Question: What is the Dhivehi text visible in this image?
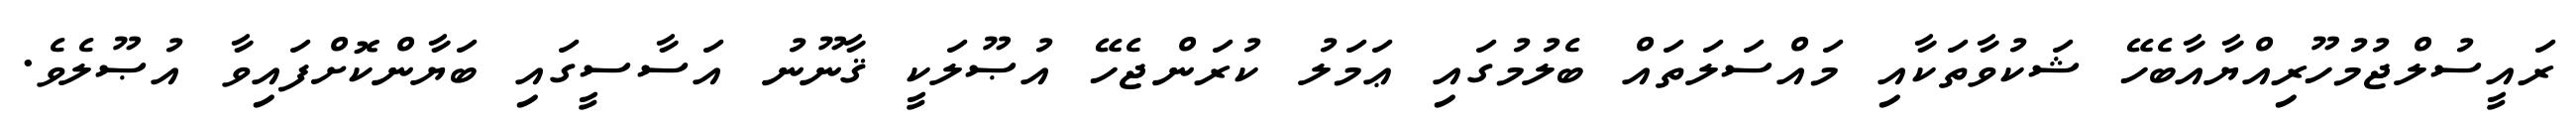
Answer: ރައީސުލްޖުމުހޫރިއްޔާއާބެހޭ ޝަކުވާތަކާއި މައްސަލަތައް ބެލުމުގައި ޢަމަލު ކުރަންޖެހޭ އުޞޫލަކީ ޤާނޫނު އަސާސީގައި ބަޔާންކޮށްފައިވާ އުޞޫލެވެ.